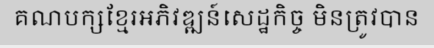
គណបក្សខ្មែរអភិវឌ្ឍន៍សេដ្ឋកិច្ច មិនត្រូវបាន